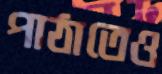
পাঠাতেও